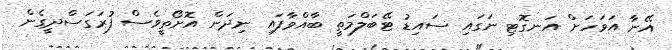
އޭނާ އަވަހަށް އަނގޮޓި ނަގައި ސައިޑު ޓޭބަލްމަތީ ބާއްވާފައި ނިދަން އޮށޯތީވެސް ފުރަގަސްދީގެން